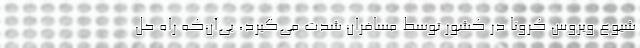
شیوع ویروس کرونا در کشور توسط مسافران شدت می‌گیرد، بی‌آن‌که راه حل